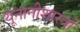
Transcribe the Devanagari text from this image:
यूनानीशास्त्रों